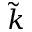
\tilde { k }